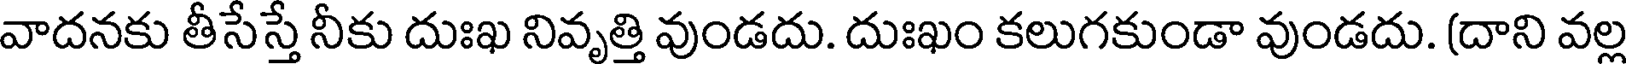
వాదనకు తీసేస్తే నీకు దుఃఖ నివృత్తి వుండదు. దుఃఖం కలుగకుండా వుండదు. (దాని వల్ల